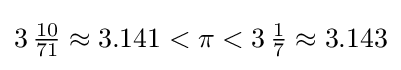
3\,{\tfrac {10}{71}}\approx 3.141<\pi <3\,{\tfrac {1}{7}}\approx 3.143